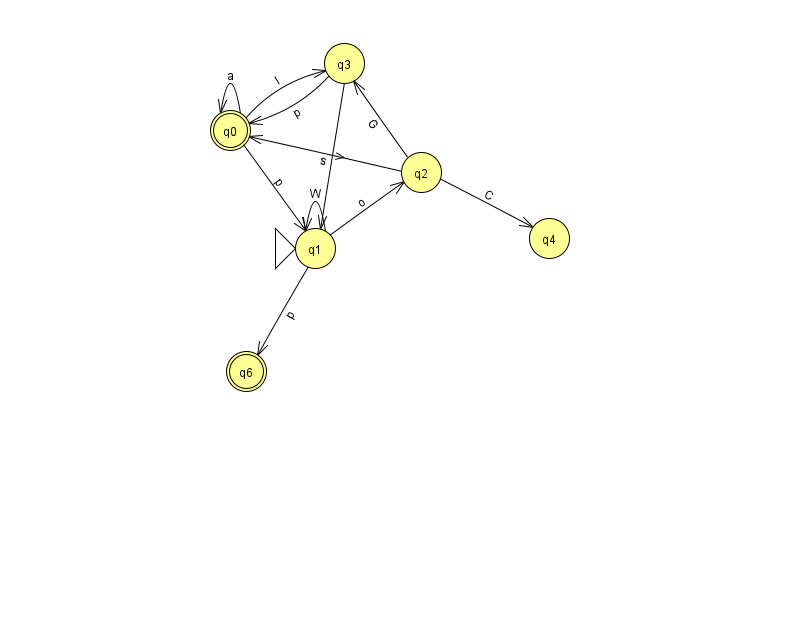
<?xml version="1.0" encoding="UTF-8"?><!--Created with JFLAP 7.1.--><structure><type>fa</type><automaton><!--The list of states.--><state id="0" name="q0"><x>230.0</x><y>117.0</y><final/></state><state id="1" name="q1"><x>315.0</x><y>235.0</y><initial/></state><state id="2" name="q2"><x>421.0</x><y>159.0</y></state><state id="3" name="q3"><x>344.0</x><y>50.0</y></state><state id="4" name="q4"><x>549.0</x><y>225.0</y></state><state id="6" name="q6"><x>246.0</x><y>358.0</y><final/></state><!--The list of transitions.--><transition><from>0</from><to>0</to><read>a</read></transition><transition><from>3</from><to>0</to><read>p</read></transition><transition><from>1</from><to>1</to><read>W</read></transition><transition><from>2</from><to>4</to><read>C</read></transition><transition><from>0</from><to>1</to><read>p</read></transition><transition><from>0</from><to>3</to><read>I</read></transition><transition><from>1</from><to>6</to><read>p</read></transition><transition><from>1</from><to>2</to><read>o</read></transition><transition><from>2</from><to>0</to><read>s</read></transition><transition><from>2</from><to>3</to><read>G</read></transition><transition><from>3</from><to>1</to><read>V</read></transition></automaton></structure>